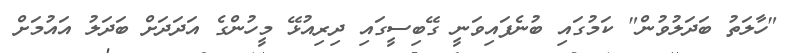
"ހާލަތު ބަދަލުވުން" ކަމުގައި ބުނެފައިވަނީ ގޭބިސީގައި ދިރިއުޅޭ މީހުންގެ އަދަދަށް ބަދަލު އައުމަށް